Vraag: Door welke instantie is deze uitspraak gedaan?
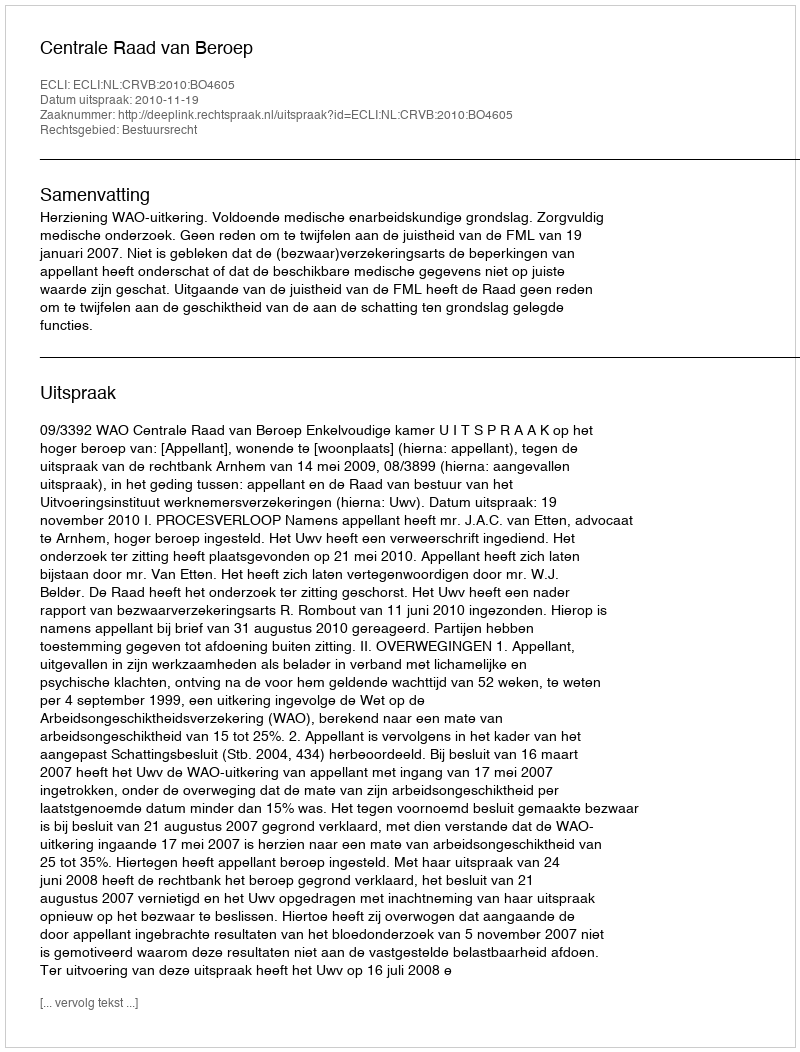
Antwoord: Centrale Raad van Beroep